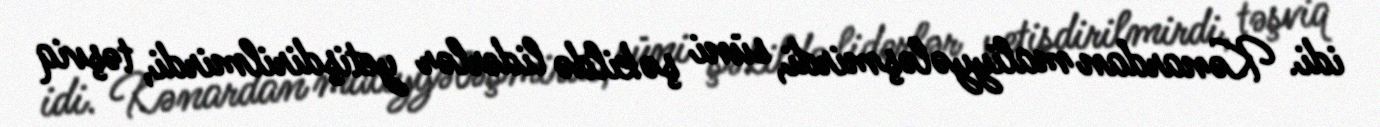
idi. Kənardan maliyyələşmirdi, süni şəkildə liderlər yetişdirilmirdi, təşviq